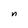
Character: n